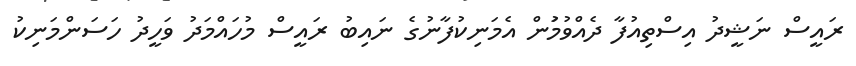
ރައީސް ނަޝީދު އިސްތިއުފާ ދެއްވުމަުން އެމަނިކުފާނުގެ ނައިބު ރައީސް މުހައްމަދު ވަހީދު ހަސަންމަނިކު